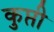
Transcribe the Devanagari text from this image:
कुप्ती